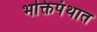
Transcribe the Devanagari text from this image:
भक्तिपंथात